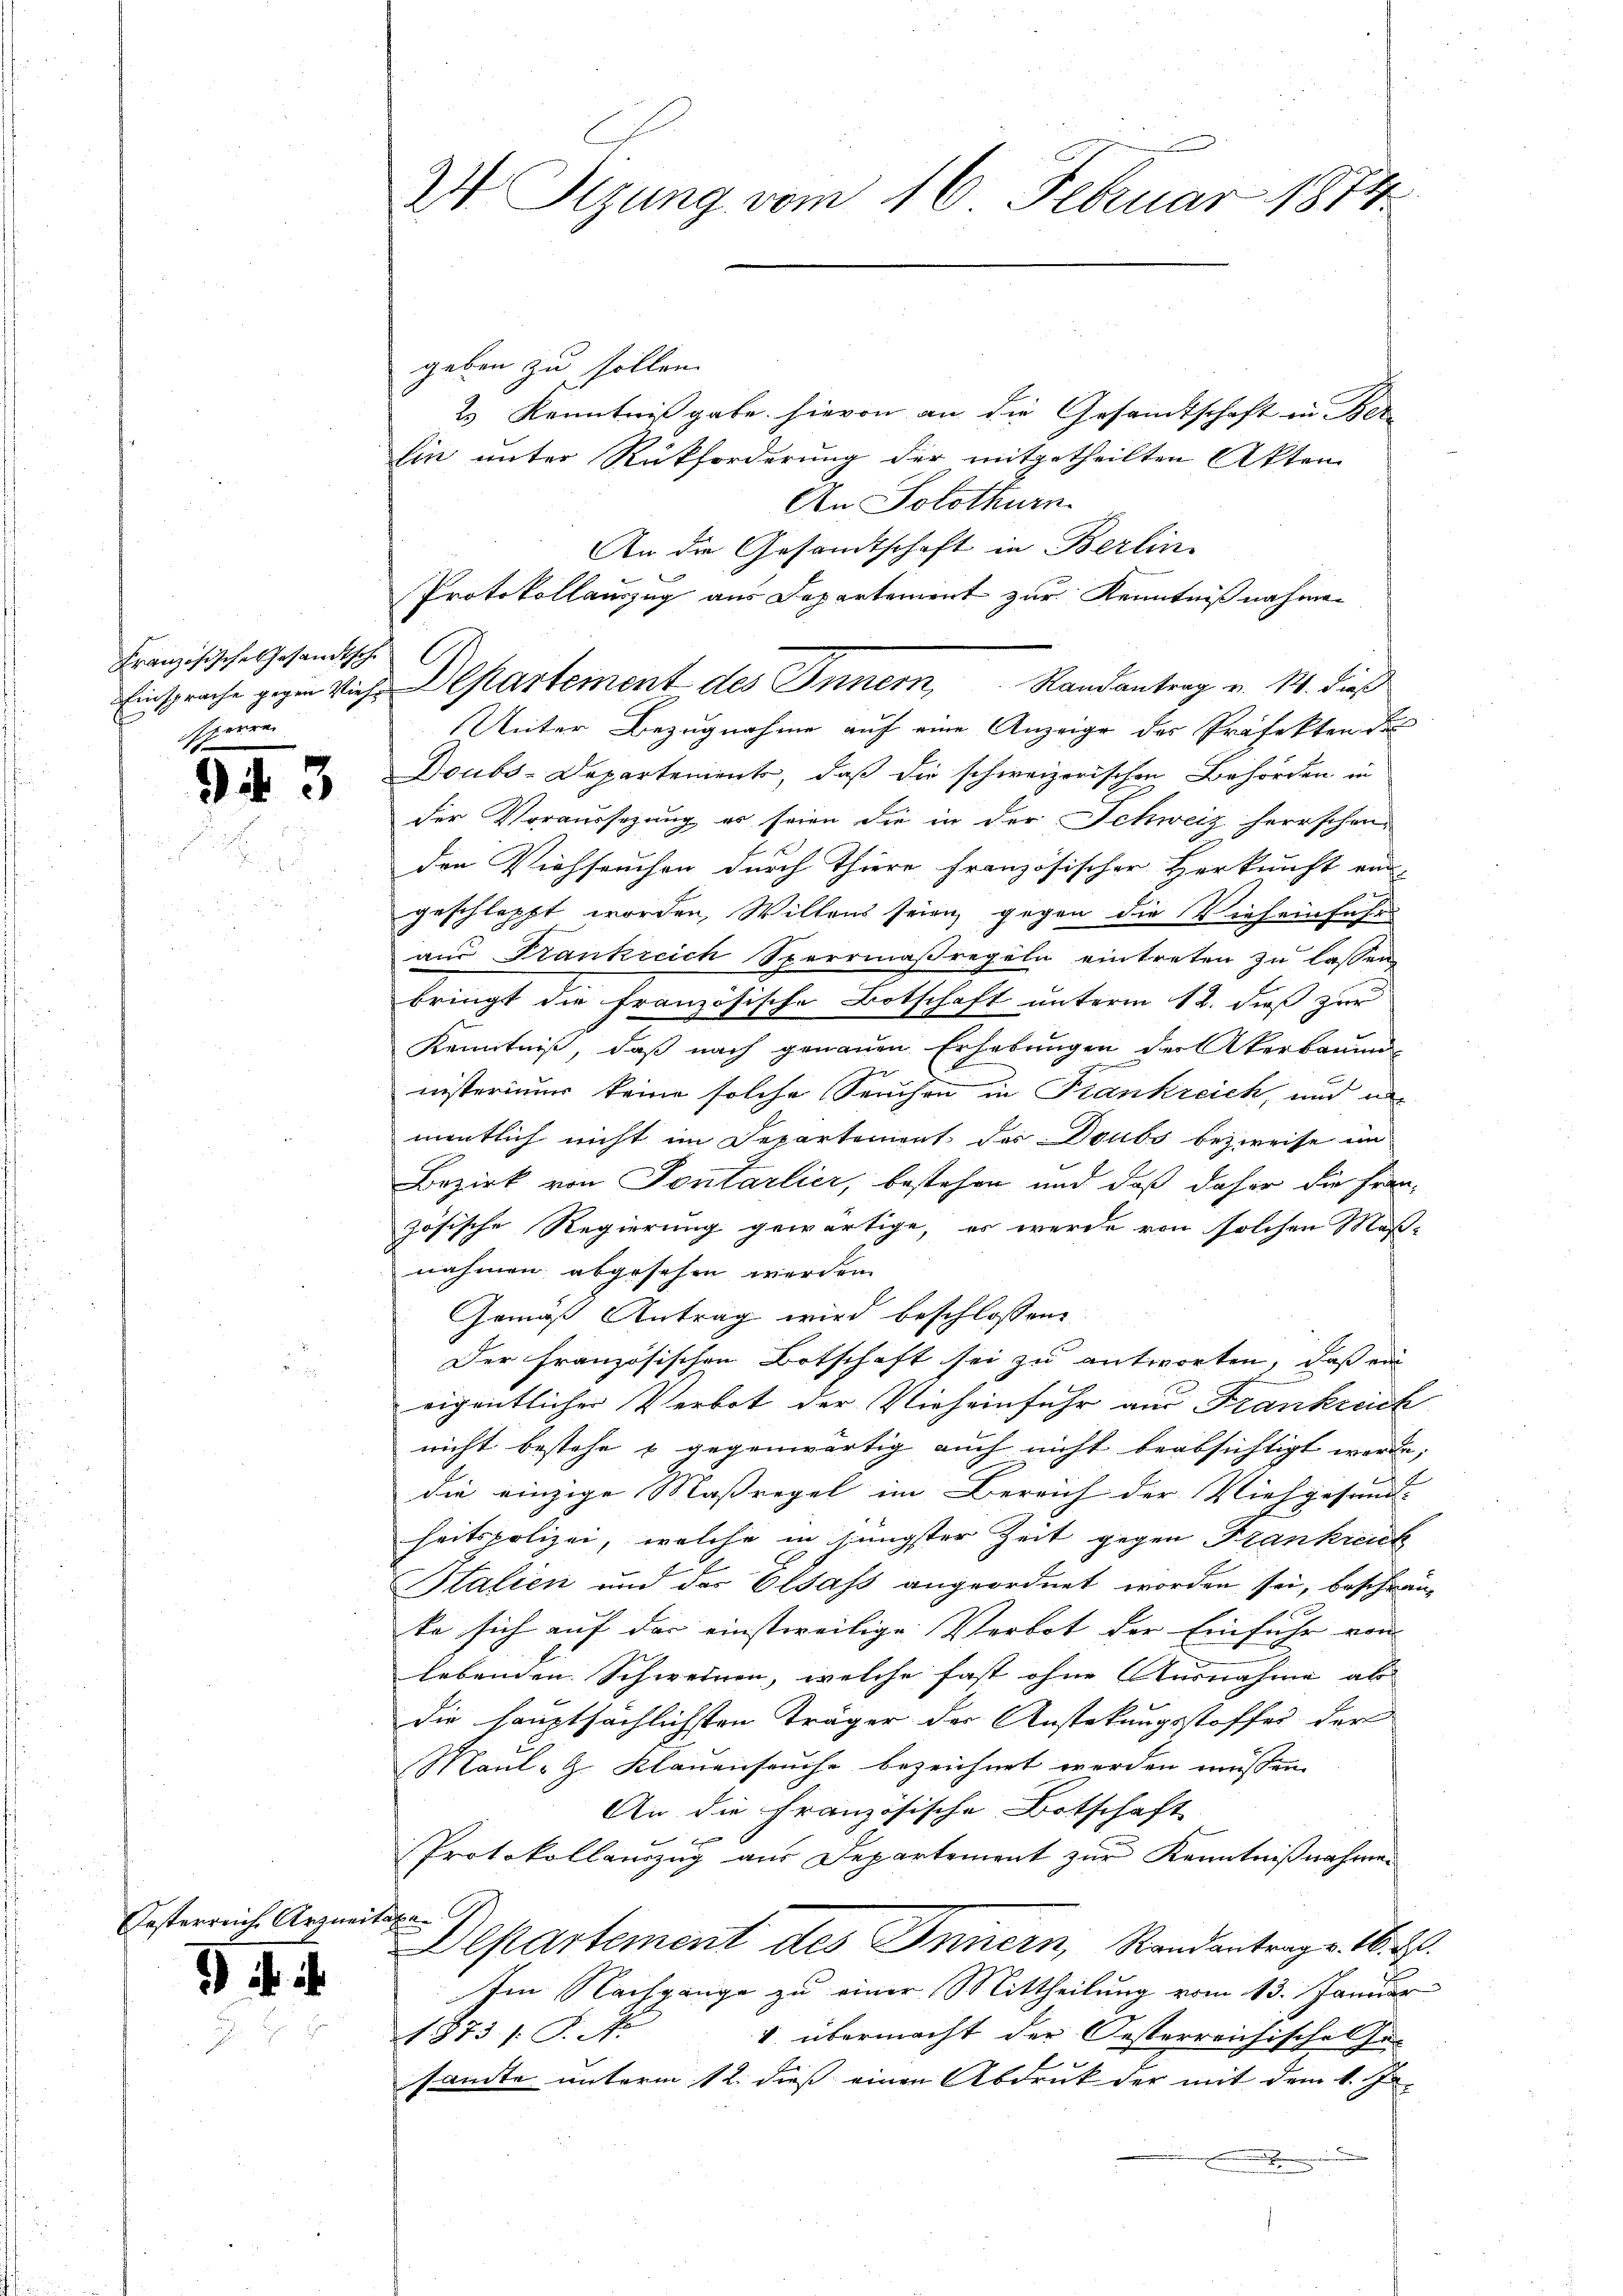
Französische Gesandtsch
speriren

9 § 3

) in i

Oesterreich, Arzneit

24 Sizung vom 16. Februar 1874

geben zu sollen.
23 Kenntnißgabe hievon an die Gesandtschaft in Berlin unter Rückforderung der mitgetheilten Akten
An Solothurn.
An die Gesandtschaft in Berlin
Unter Bezugnahme auf eine Anzeige des Präfekten des
Doubs-Departement, daß die schweizerischen Behörden in
der Voraussezung er seien die in der Schweiz herrschenden Viehseuchen durch Thiere französischer Herkunft end
geschlopft worden, Willens seien gegen die Vieheinfahr
aus Frankreich Sperrmaßregeln eintreten zu lassen
bringt die französische Botschaft unterm 12. dieß zur
Kenntniß, daß nach genauen Erhebungen der Akerbauu
b
nisterinum keine solche Seuchen in Frankreich, und an
mentlich nicht im Departement des Doubs bezweife im
Bezirk von Fontarlier, bestehen und daß daher die Französische Regierung gewärtige, es werde von solchen Maßnahmen abgesehen werden.
Gemäß Antrag wird beschlossene
Der französischen Botschaft sei zu antworten, daß ein
eigentlicher Verbot der Vieheinfuhr aus Frankreich
nicht bestehe u. gegenwärtig auch nicht beabsichtigt werde; |
die einzige Maßregel im Bereich der Viehgesund-
heitspolizei, welche in jüngster Zeit gegen Frankreut
Stalien und des Elsass angeordnet worden sei, beschränte sich auf der einstweilige Verbot der Einfuhr von |
lebenden Schweinen, welche fast ohne Ausnahme als
die hauptsächlichsten Träger der Anstekungsstoffes der
Maul- Z. Klauenseuche bezeichnet werden müssen.
An die Französische Botschaft
Protokollauszug aus Departement zur Kenntnißnahmen

Departement des Innern, Standantrags 16. d.
Im Nachgange zu einer Mittheilung vom 13. Januar
v. übermacht der Oesterreichische Fen
1873 s. T
sante unterm 12. dieß einen Abdruk der mit dem 1. Ja

Protokollauszug aus Departement zur Kenntniß nahmen
C
Einsprache gegen Viehe Departement des Innern Randantrag u. 14. dieß